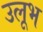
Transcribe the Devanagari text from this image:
उलूभ